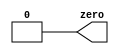
// Build a circuit with no inputs and one output that outputs a constant 0 

module top_module ( output zero );
	
	assign zero = 1'b0;
	
endmodule